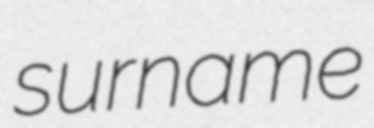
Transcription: surname